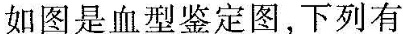
如图是血型鉴定图，下列有